Mental hospitals Bombay report 1921-28 - 1921-1928
Year: 1921
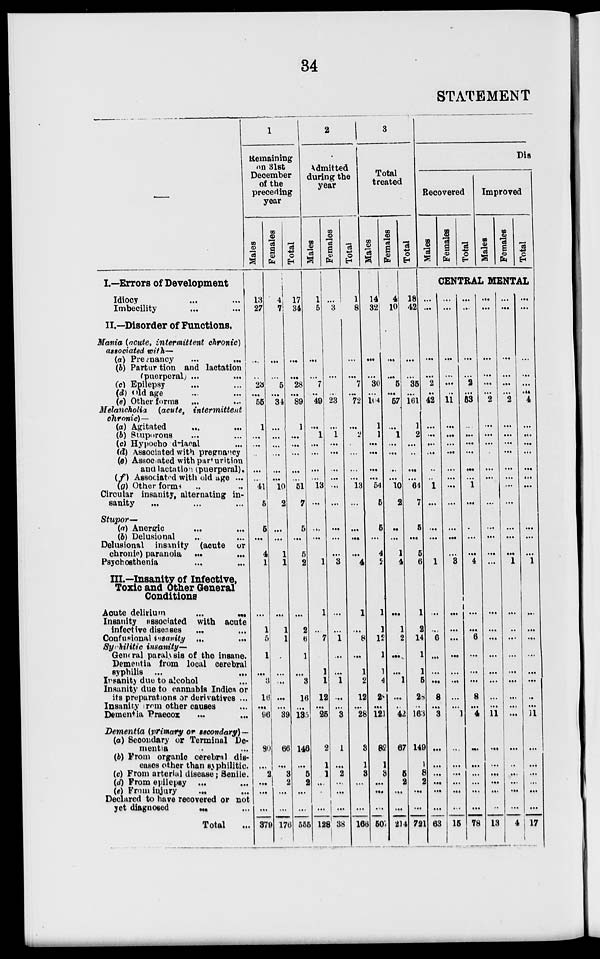
34
STATEMENT
—
I.—Errors of Development
Idiocy ... ...
Imbecility ... ...
II.—Disorder of Functions.
Mania (acute, intermittent chronic)
associated with—
(a) Pregnancy
...
...
(b) Parturtion and lactation
(puerperal) ... ...
(c) Epilepsy ... ...
(d) Old age ... ...
(e) Other forms ... ...
Melancholia (acute,
intermittent
chronic)—
(a) Agitated ... ...
(b) Stuporons ... ...
(c) Hypochondriacal ...
(d) Associated with pregnancy
(e) Associated with parturition
and lactation (puerperal).
(f) Associated with old age ...
(g) Other forms ... ...
Circular insanity, alternating in-
sanity ... ... ...
Stupor—
(a) Anergic ... ...
(b) Delusional ... ...
Delusional insanity (acute or
chronic) paranoia ... ...
Psychosthenia ... ...
III.—Insanity of Infective,
Toxic and Other General
Conditions
Acute delirium
...
...
Insanity associated with acute
infective diseases ... ...
Confusional insanity ...
...
Syphilitic insanity—
General paralysis of the insane.
Dementia from local cerebral
syphilis ... ...
Insanity due to alcohol ...
Insanity due to cannabis Indica or
its preparations or derivatives ...
Insanity from other causes ...
Dementia Praecox ... ...
Dementia (primary or secondary) —
(a) Secondary or Terminal De-
mentia ...
(b) From organic cerebral dis-
-ases other than syphilitic.
(c) From arterial disease ; Senile.
(d) From epilepsy ... ...
(e) From injury ... ...
Declared to have recovered or not
yet diagnosed ... ...
Total ...
1
Remaining
on 31st
December
of the
preceding
year
Males
13
27
...
...
23
...
56
1
...
...
...
...
...
41
5
5
...
4
1
...
1
5
1
...
3
16
...
96
80
...
2
...
...
...
379
Females
4
7
...
...
5
...
34
...
...
...
...
...
...
10
2
...
...
1
1
...
1
1
...
...
...
...
...
39
66
...
3
2
...
...
176
Total
17
34
...
...
28
...
89
1
...
...
...
...
...
51
7
5
...
5
2
...
2
6
1
...
3
16
...
135
146
...
5
2
...
...
555
2
Admitted
during the
year
Males
1
5
...
...
7
...
49
...
1
...
...
...
...
13
...
...
...
...
1
1
...
7
...
1
1
12
...
25
2
1
1
...
...
...
128
Females
...
3
...
...
...
...
23
...
1
...
...
...
...
...
...
...
...
...
3
...
...
1
...
...
1
...
...
3
1
...
2
...
...
...
38
Total
1
8
...
...
7
...
72
...
2
...
...
...
...
13
...
...
...
...
4
1
...
8
...
1
2
12
...
28
3
1
3
...
...
...
166
3
Total
treated
Males
14
32
...
...
30
...
104
1
1
...
...
...
...
54
5
5
...
4
2
1
1
12
1
1
4
28
...
121
82
1
3
...
...
...
507
Females
4
10
...
...
5
...
57
...
1
...
...
...
...
10
2
...
...
1
4
...
1
2
...
...
1
...
...
42
67
...
5
2
...
...
214
Total
18
42
...
...
35
...
161
1
2
...
...
...
...
64
7
5
...
5
6
1
2
14
1
1
5
28
..
163
149
1
8
2
...
...
721
Dis
Recovered
Males
Females
Total
Improved
Males
Females
Total
CENTRAL MENTAL
...
...
...
...
2
...
42
...
...
...
...
...
...
1
...
...
...
...
1
...
...
6
...
...
...
8
...
3
...
...
...
...
...
...
63
...
...
...
...
...
..
11
...
...
...
...
...
...
...
...
...
...
...
3
...
...
...
...
...
...
...
...
1
...
...
...
...
...
...
15
...
...
...
...
2
...
53
...
...
...
...
...
...
1
...
...
...
...
4
...
...
6
...
...
...
8
...
4
...
...
...
...
...
...
78
...
...
...
...
...
...
2
...
...
...
...
...
...
...
...
...
...
...
...
...
...
...
...
...
...
...
...
11
...
...
...
...
...
...
13
...
...
...
...
...
...
2
...
...
...
...
...
...
...
...
...
...
...
1
...
...
...
...
...
...
...
...
...
...
...
...
...
...
...
4
...
...
...
...
...
...
4
...
...
...
...
...
...
...
...
...
...
...
1
...
...
...
...
...
...
...
...
11
...
...
...
...
...
...
17